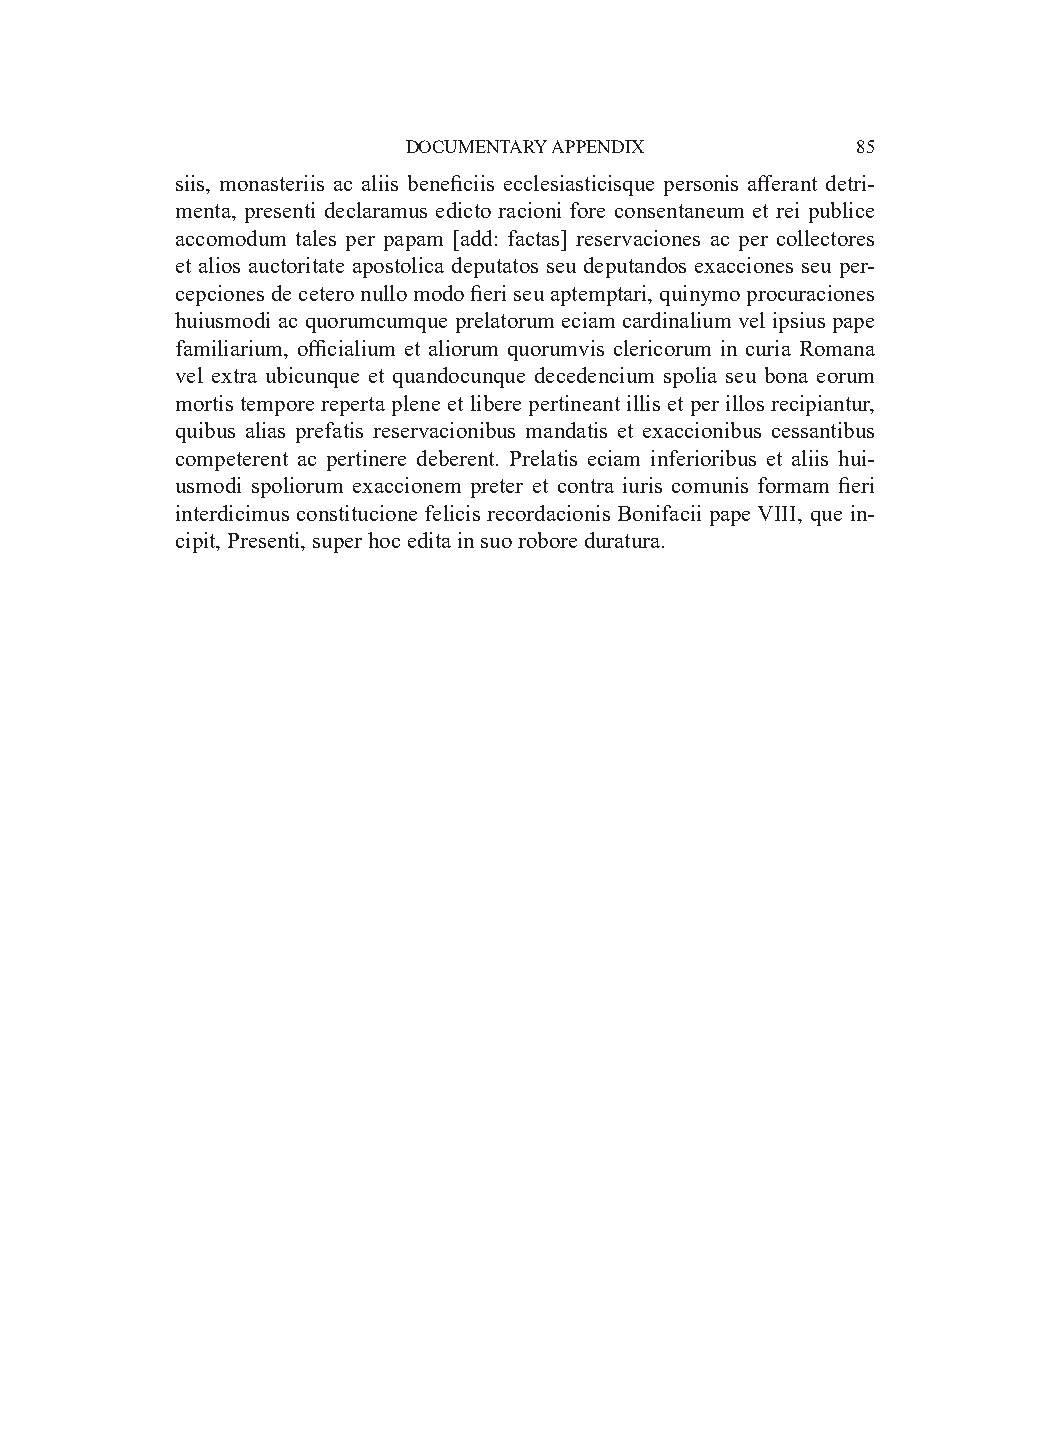
DOCUMENTARY APPENDIX          85
 siis, monasteriis ac aliis beneficiis ecclesiasticisque personis afferant detri-
 menta, presenti declaramus edicto racioni fore consentaneum et rei publice
 accomodum tales per papam [add: factas] reservaciones ac per collectores
 et alios auctoritate apostolica deputatos seu deputandos exacciones seu per-
 cepciones de cetero nullo modo fieri seu aptemptari, quinymo procuraciones
 huiusmodi ac quorumcumque prelatorum eciam cardinalium vel ipsius pape
 familiarium, officialium et aliorum quorumvis clericorum in curia Romana
 vel extra ubicunque et quandocunque decedencium spolia seu bona eorum
 mortis tempore reperta plene et libere pertineant illis et per illos recipiantur,
 quibus alias prefatis reservacionibus mandatis et exaccionibus cessantibus
 competerent ac pertinere deberent. Prelatis eciam inferioribus et aliis hui-
 usmodi spoliorum exaccionem preter et contra iuris comunis formam fieri
 interdicimus constitucione felicis recordacionis Bonifacii pape VIII, que in-
 cipit, Presenti, super hoc edita in suo robore duratura.